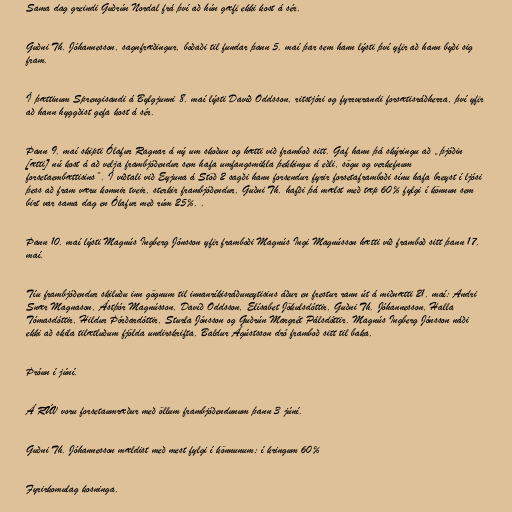
Sama dag greindi Guðrún Nordal frá því að hún gæfi ekki kost á sér.

Guðni Th. Jóhannesson, sagnfræðingur, boðaði til fundar þann 5. maí þar sem hann lýsti því yfir að hann byði sig
fram.

Í þættinum Sprengisandi á Bylgjunni 8. maí lýsti Davíð Oddsson, ritstjóri og fyrrverandi forsætisráðherra, því yfir
að hann hyggðist gefa kost á sér.

Þann 9. maí skipti Ólafur Ragnar á ný um skoðun og hætti við framboð sitt. Gaf hann þá skýringu að „þjóðin
[ætti] nú kost á að velja frambjóðendur sem hafa umfangsmikla þekkingu á eðli, sögu og verkefnum
forsetaembættisins”. Í viðtali við Eyjuna á Stöð 2 sagði hann forsendur fyrir forsetaframboði sínu hafa breyst í ljósi
þess að fram væru komnir tveir, sterkir frambjóðendur. Guðni Th. hafði þá mælst með tæp 60% fylgi í könnun sem
birt var sama dag en Ólafur með rúm 25%. .

Þann 10. maí lýsti Magnús Ingberg Jónsson yfir framboði Magnús Ingi Magnússon hætti við framboð sitt þann 17.
maí.

Tíu frambjóðendur skiluðu inn gögnum til innanríkisráðuneytisins áður en frestur rann út á miðnætti 21. maí: Andri
Snær Magnason, Ástþór Magnússon, Davíð Oddsson, Elísabet Jökulsdóttir, Guðni Th. Jóhannesson, Halla
Tómasdóttir, Hildur Þórðardóttir, Sturla Jónsson og Guðrún Margrét Pálsdóttir. Magnús Ingberg Jónsson náði
ekki að skila tilætluðum fjölda undirskrifta. Baldur Ágústsson dró framboð sitt til baka.

Þróun í júní.

Á RÚV voru forsetaumræður með öllum frambjóðendunum þann 3 júní.

Guðni Th. Jóhannesson mældist með mest fylgi í könnunum; í kringum 60%

Fyrirkomulag kosninga.